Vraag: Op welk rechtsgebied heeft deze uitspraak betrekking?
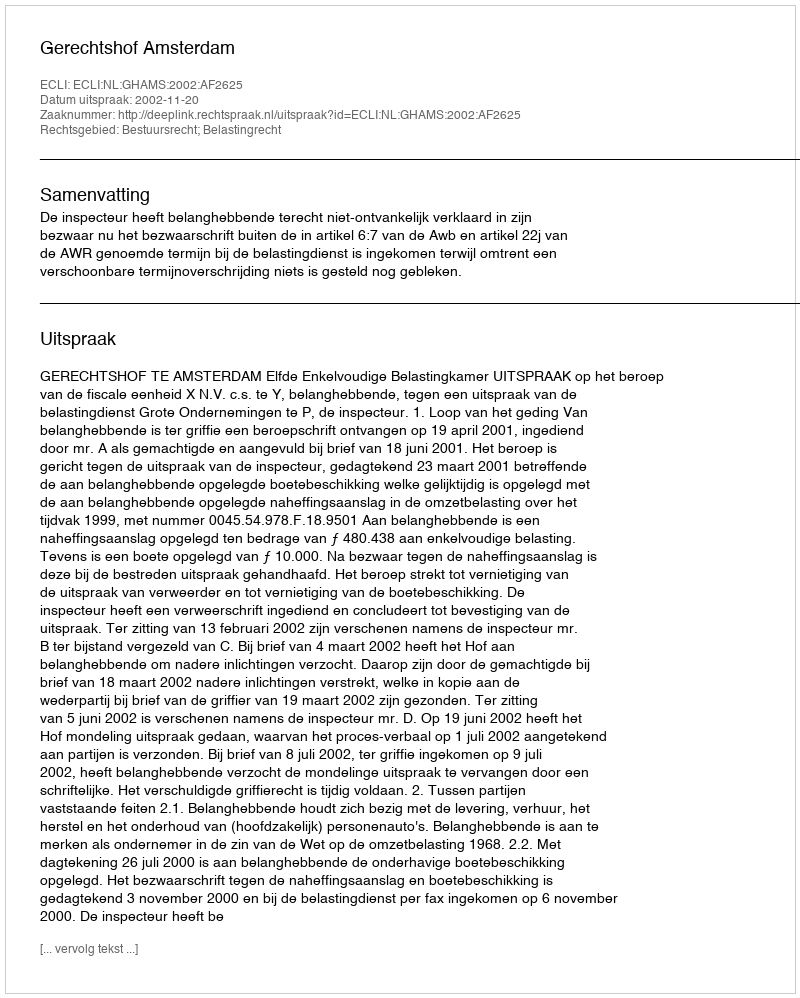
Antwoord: Bestuursrecht; Belastingrecht